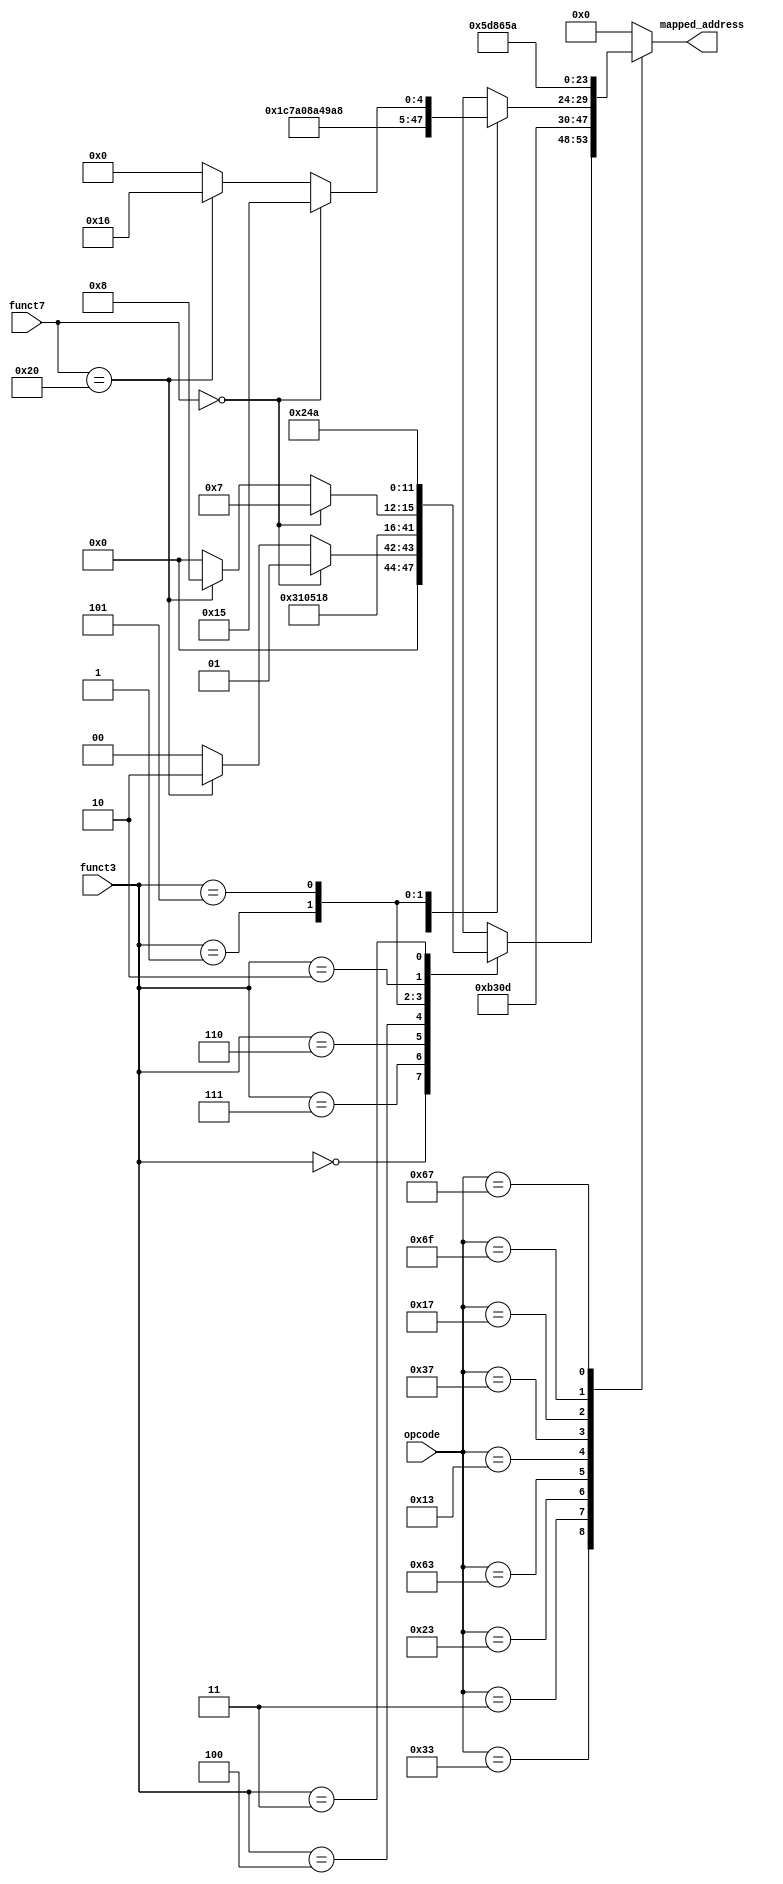
module address_mapper(
    input [6:0] opcode,
    input [2:0] funct3,
    input [6:0] funct7,
    output reg [5:0] mapped_address
);

initial begin
    mapped_address = 0;
end

always @(*) begin
    case(opcode)
        // New operation at address 0
        
        
        // R-type
        7'b0110011: begin
            case(funct3)
                3'b000: mapped_address = (funct7 == 7'b0000000) ? 6'd1 : // ADD
                                        (funct7 == 7'b0100000) ? 6'd2 : // SUB
                                        6'd0; // default case
                3'b111: mapped_address = 6'd3; // AND
                3'b110: mapped_address = 6'd4; // OR
                3'b100: mapped_address = 6'd5; // XOR
                3'b001: mapped_address = 6'd6; // SLL
                3'b101: mapped_address = (funct7 == 7'b0000000) ? 6'd7 : // SRL
                                        (funct7 == 7'b0100000) ? 6'd8 : // SRA
                                        6'd0; // default case
                3'b010: mapped_address = 6'd9; // SLT
                3'b011: mapped_address = 6'd10; // SLTU
                default: mapped_address = 6'd0; // default case
            endcase
        end
        // Load
        7'b0000011: mapped_address = 6'd11; // load
        // Store 
        7'b0100011: mapped_address = 6'd12; 
        // B-type Branch operations
        7'b1100011: mapped_address = 6'd13; // Branches (BEQ, BNE, BLT, BGE, BLTU, BGEU)
        // I-type Immediate and ALU operations
        7'b0010011: begin
            case(funct3)
                3'b000: mapped_address = 6'd14; // ADDI
                3'b010: mapped_address = 6'd15; // SLTI
                3'b011: mapped_address = 6'd16; // SLTIU
                3'b100: mapped_address = 6'd17; // XORI
                3'b110: mapped_address = 6'd18; // ORI
                3'b111: mapped_address = 6'd19; // ANDI
                3'b001: mapped_address = 6'd20; // SLLI
                3'b101: mapped_address = (funct7 == 7'b0000000) ? 6'd21 : // SRLI
                                        (funct7 == 7'b0100000) ? 6'd22 : // SRAI
                                        6'd0; // default case
                default: mapped_address = 6'd0; // default case
            endcase
        end
        // LUI
        7'b0110111: mapped_address = 6'd23;
        // AUIPC
        7'b0010111: mapped_address = 6'd24;
        // JAL
        7'b1101111: mapped_address = 6'd25;
        // JALR
        7'b1100111: mapped_address = 6'd26;
        default: mapped_address = 6'd0; // default case
    endcase
end

endmodule